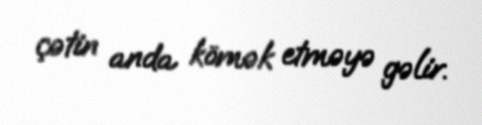
çətin anda kömək etməyə gəlir.